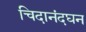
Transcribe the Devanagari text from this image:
चिदानंदघन